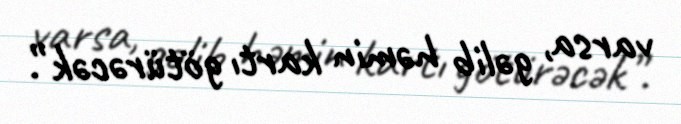
varsa, gəlib həmin kartı götürəcək”.